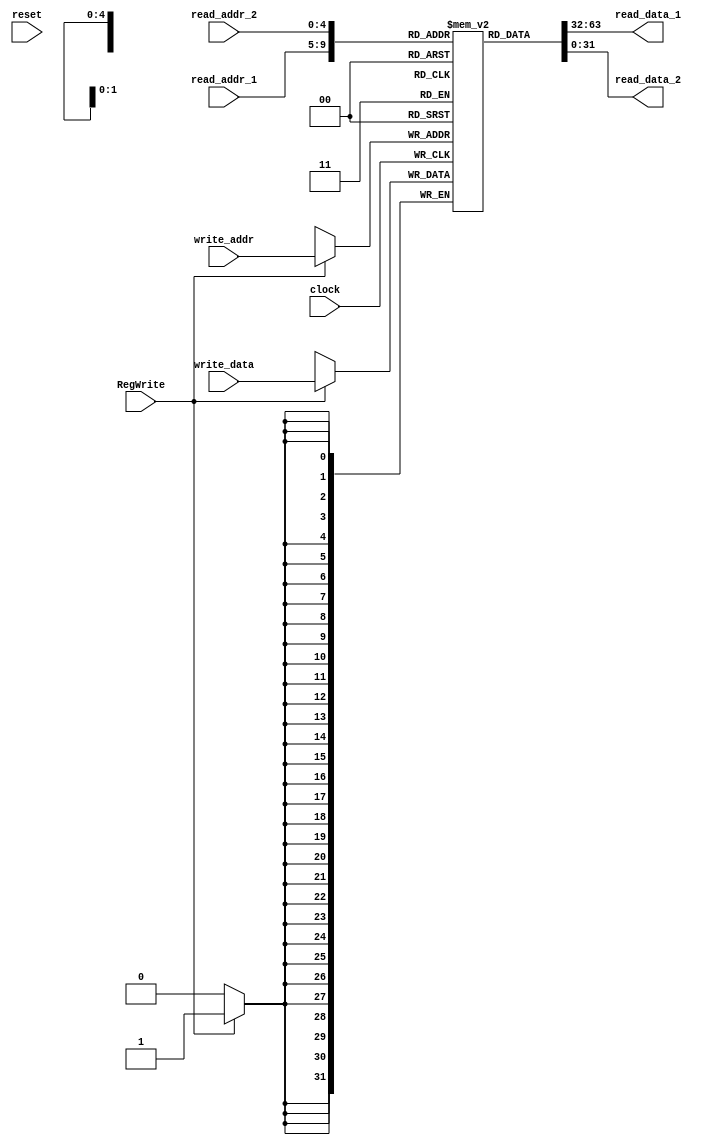
`timescale 1ns / 1ps

/*Assignment No. 7
  Semester 5
  Group No. 13
  Members : 
  		Arpit Jain (16CS10007)
		Eeshan Gupta (16CS30009)
*/
module RegisterBank(
	read_addr_1, read_addr_2, write_addr, write_data, RegWrite,	clock, read_data_1, read_data_2, reset
    );
	input [4:0] read_addr_1;
	input [4:0] read_addr_2;
	input [4:0] write_addr;
	input [31:0] write_data;
	input RegWrite;
	input clock;
	output [31:0] read_data_1;
	output [31:0] read_data_2;
	input reset;
	
	reg [31:0] RBank [31:0];
	
	assign read_data_1 = RBank[read_addr_1];
	assign read_data_2 = RBank[read_addr_2];

	always @(posedge clock)
	begin
	if(RegWrite)
		RBank[write_addr] <= write_data;
	end

endmodule